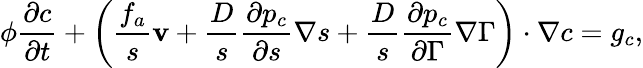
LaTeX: \phi\frac{\partial c}{\partial t}+\left(\frac{f_{a}}{s}{{\mathbf v}}+\frac{D}{s}\frac{\partial p_{c}}{\partial s}{\mathbf\nabla}s+\frac{D}{s}\frac{\partial p_{c}}{\partial\Gamma}{\mathbf\nabla}\Gamma\right)\cdot{\mathbf\nabla}c=g_{c},